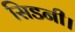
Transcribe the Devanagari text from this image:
सिडनी।